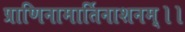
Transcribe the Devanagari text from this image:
प्राणिनामार्तिनाशनम्।।